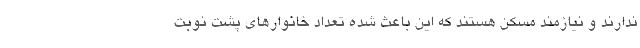
ندارند و نیازمند مسکن هستند که این باعث شده تعداد خانوارهای پشت نوبت